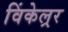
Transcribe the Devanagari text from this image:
विंकेल्रर